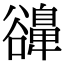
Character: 𧯔